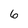
Character: 6